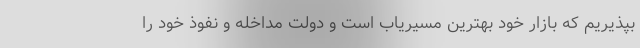
بپذیریم که بازار خود بهترین مسیریاب است و دولت مداخله و نفوذ خود را